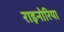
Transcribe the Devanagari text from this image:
राइनोरिया